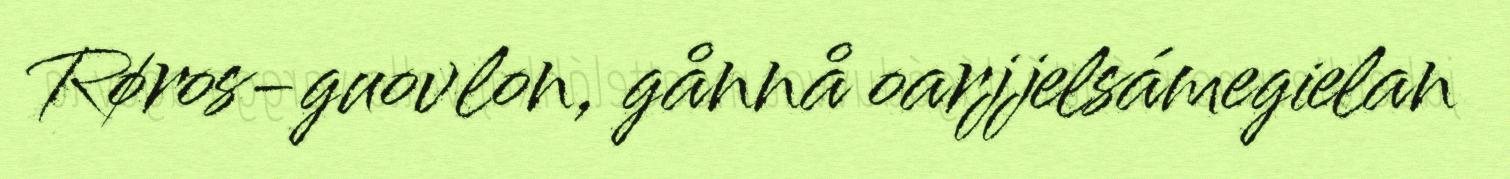
Røros-guovlon, gånnå oarjjelsámegielan